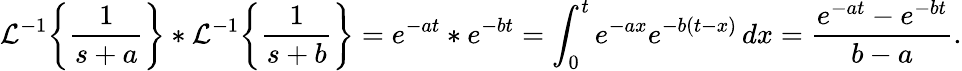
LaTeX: {\mathcal{L}}^{-1}\! \left\{ {\frac{1}{s+a}}\right\} *{\mathcal{L}}^{-1}\! \left\{ {\frac{1}{s+b}}\right\} =e^{-at}*e^{-bt}=\int_{0}^{t}e^{-ax}e^{-b(t-x)}\, dx={\frac{e^{-at}-e^{-bt}}{b-a}}.